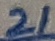
Text: 21